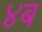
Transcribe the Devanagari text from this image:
४ब